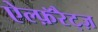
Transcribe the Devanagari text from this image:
ऐल्फ़ॅरैट्ज़